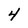
Character: 4